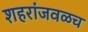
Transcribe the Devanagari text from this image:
शहरांजवळच